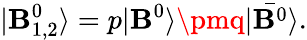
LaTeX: |\mathbf{B}_{1,2}^{0}\rangle=p|\mathbf{B}^{0}\rangle\pmq|\bar{{\mathbf{B}^{0}}}\rangle.